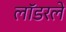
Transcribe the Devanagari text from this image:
लॉडरले